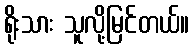
ရိုးသား သူလို့မြင်တယ်။